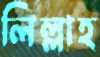
লিল্লাহ